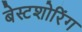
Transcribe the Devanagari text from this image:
बेस्टशोरिंग